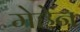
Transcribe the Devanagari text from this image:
मेहेन